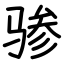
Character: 骖